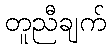
တူညီချက်